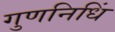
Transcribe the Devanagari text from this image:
गुणनिधिं